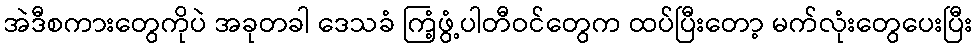
အဲဒီစကားတွေကိုပဲ အခုတခါ ဒေသခံ ကြံ့ဖွံ့ပါတီဝင်တွေက ထပ်ပြီးတော့ မက်လုံးတွေပေးပြီး